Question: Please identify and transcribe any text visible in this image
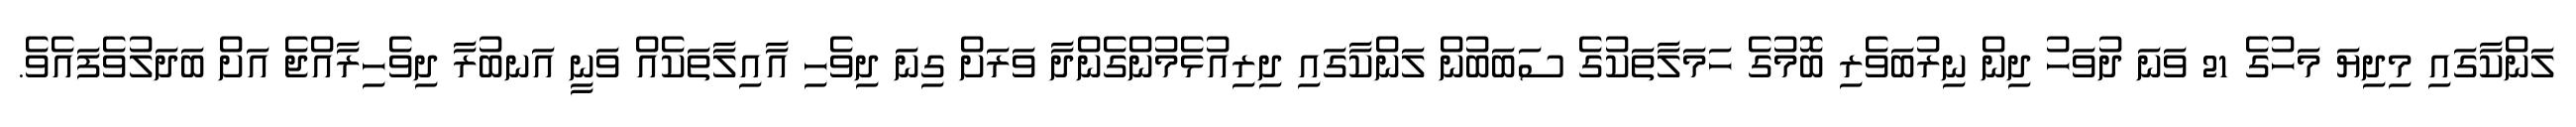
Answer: ލަންކާގައި މިދިޔަ މަހުގެ 21 ވަނަ ދުވަހު ދިން ނިރުބަވެރި ބޮމުގެ ހަމަލާތަކުގެ ސަބަބުން ލަންކާގައި ދިރިއުޅެމުންގެންދާ ވަރަށް ގިނަ ދިވެހި އާއިލާތަކެއް ވަނީ އަނބުރާ ދިވެހިރާއްޖެ އަށް ބަދަލުވެފައެވެ.